Vabadussoja_Ajaloo_Komitee, lk 52
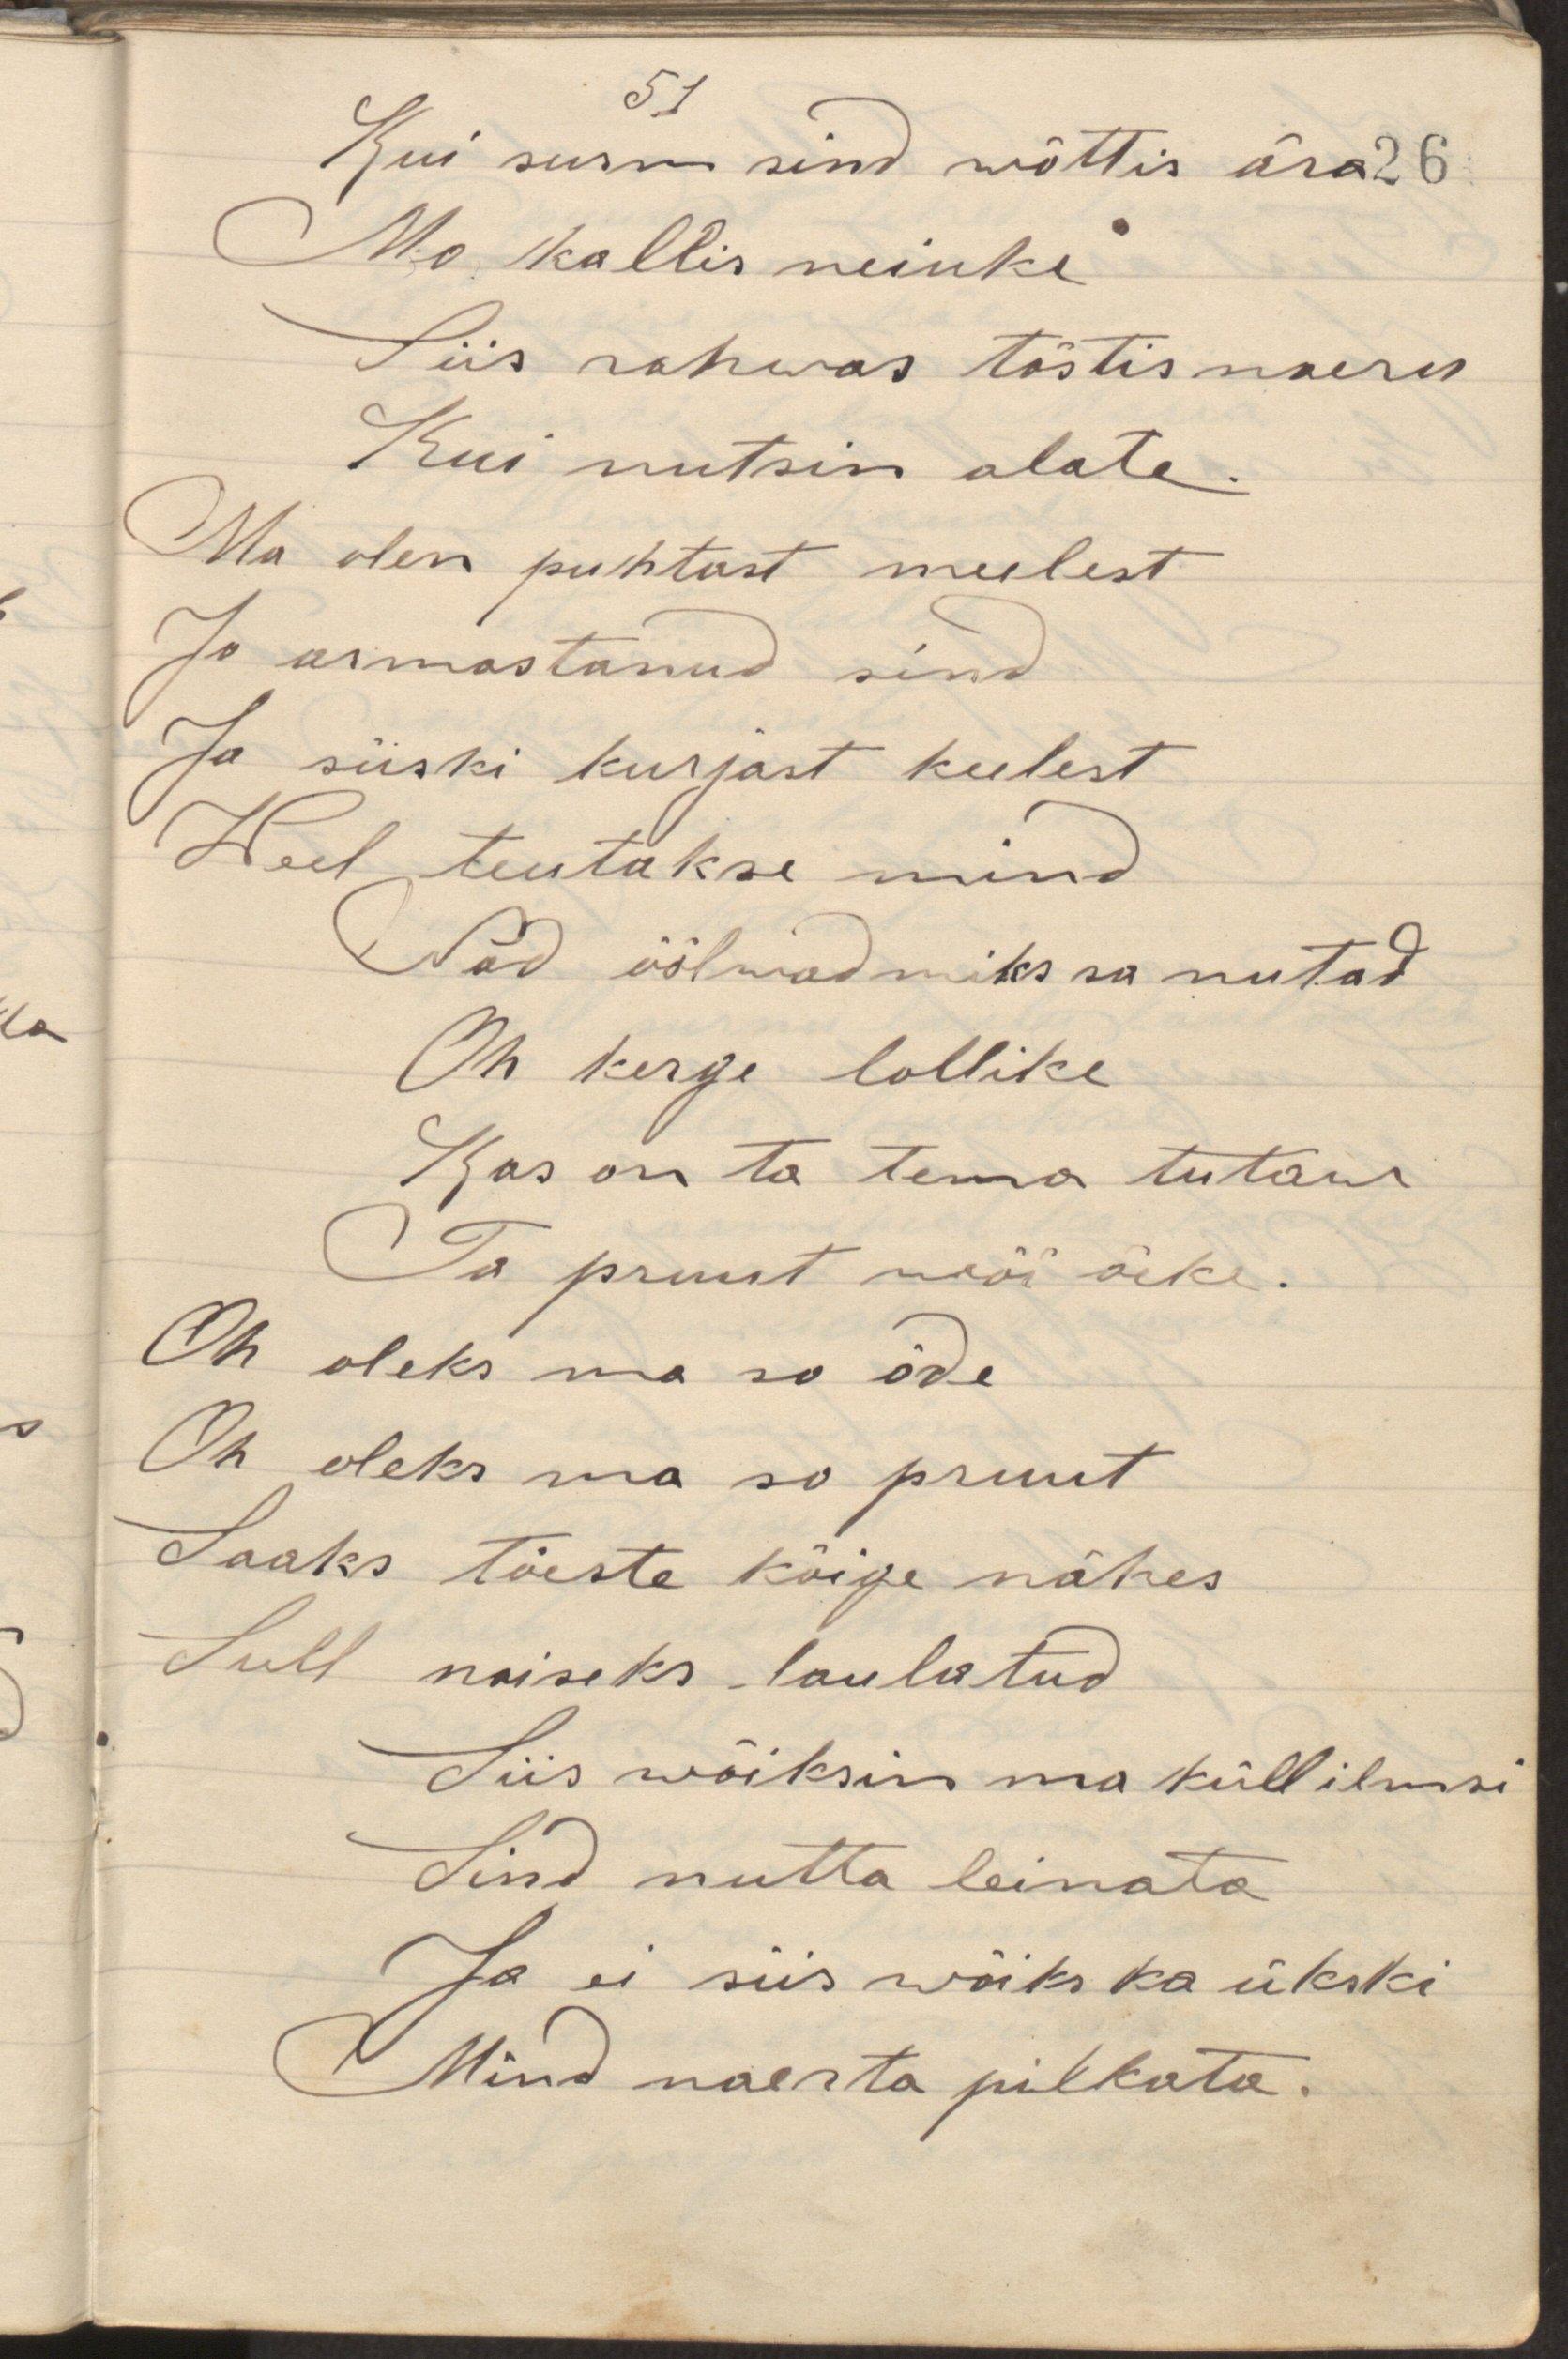
Kui surm sind wõttis ära
Mo kallis neiuke
Siis rahwas tõstis naeru
Kui nutsin alate.
Ma olen puhtast meelest
Jo armastanud sind
Ja siiski kurjast keelest
Weel teutakse mind
Nad öölwad miks sa nutad
Oh kerge lollike
Kas on ta tema tuttaw
Ta pruut wõi õeke.
Oh oleks ma sõ õde
Oh oleks ma so pruut
Laaks tõeste kõige nähes
Sull naiseks laulatud
Siis wõiksin ma küll ilmsi
Sind nutta leinata
Ja ei siis wõiks ka ükski
Mind naerta pilkata.